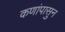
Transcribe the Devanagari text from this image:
कणांपासुन